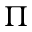
\Pi